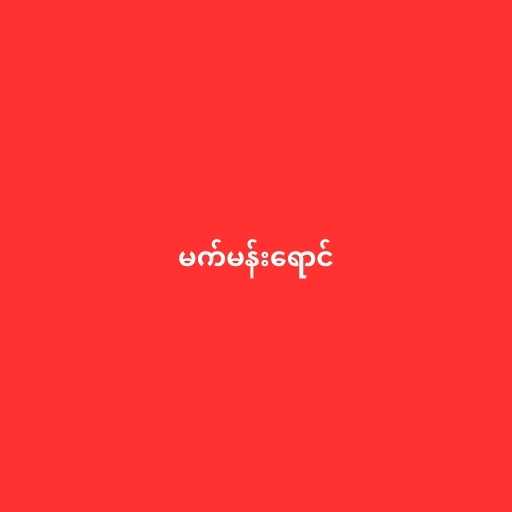
မက်မန်းရောင်